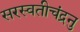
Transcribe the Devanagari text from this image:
सरस्वतीचंद्रनु